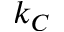
k _ { C }